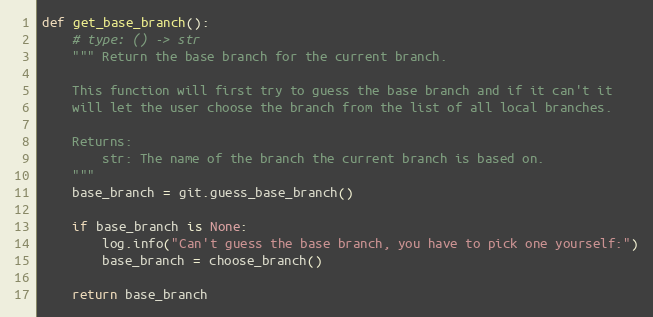
Language: Python
def get_base_branch():
    # type: () -> str
    """ Return the base branch for the current branch.

    This function will first try to guess the base branch and if it can't it
    will let the user choose the branch from the list of all local branches.

    Returns:
        str: The name of the branch the current branch is based on.
    """
    base_branch = git.guess_base_branch()

    if base_branch is None:
        log.info("Can't guess the base branch, you have to pick one yourself:")
        base_branch = choose_branch()

    return base_branch